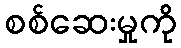
စစ်ဆေးမှုကို